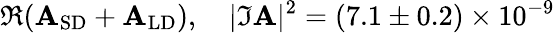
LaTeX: \Re({\mathbf{A}_{\mathrm{{SD}}}}+\mathbf{A}_{\mathrm{{LD}}}),~~~~|\Im\mathbf{A}|^{2}=(7.1\pm0.2)\times10^{-9}